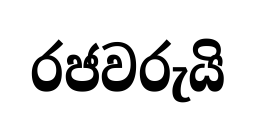
රජවරුයි